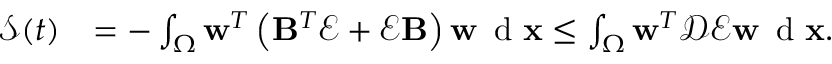
\begin{array} { r l } { \mathcal { S } ( t ) } & { = - \int _ { \Omega } \mathbf { w } ^ { T } \left( \mathbf { B } ^ { T } \mathcal { E } + \mathcal { E } \mathbf { B } \right) \mathbf { w } \, \textup { d } \mathbf { x } \leq \int _ { \Omega } \mathbf { w } ^ { T } \mathcal { D } \mathcal { E } \mathbf { w } \, \textup { d } \mathbf { x } . } \end{array}